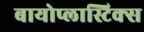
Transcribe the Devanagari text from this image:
बायोप्लास्टिक्स